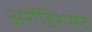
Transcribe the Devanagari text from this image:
अरौंडिशमेंट